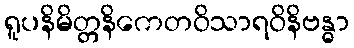
ရူပနိမိတ္တနိကေတဝိသာရဝိနိဗန္ဓာ